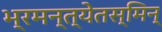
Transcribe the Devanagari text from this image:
भ्रमन्त्येतस्मिन्